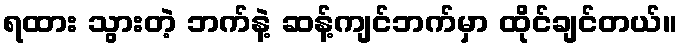
ရထား သွားတဲ့ ဘက်နဲ့ ဆန့်ကျင်ဘက်မှာ ထိုင်ချင်တယ်။